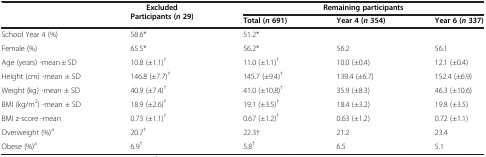
|  | <ROWSPAN=2> Excluded Participants (n29) | <COLSPAN=3> Remaining participants |
 |  | Total (n 691) | Year 4 (n 354) | Year 6 (n 337) |
 | --- | --- | --- | --- | --- |
 | School Year 4 (%) | 58.6* | 51.2* |  |  |
 | Female (%) | 65.5* | 56.2* | 56.2 | 56.1 |
 | Age (years) -mean ± SD | 10.8 (±1.1)† | 11.0 (±1.1)† | 10.0 (±0.4) | 12.1 (±0.4) |
 | Height (cm) -mean ± SD | 146.8 (±7.7)† | 145.7 (±9.4)† | 139.4 (±6.7) | 152.4 (±6.9) |
 | Weight (kg) -mean ± SD | 40.9 (±7.4)† | 41.0 (±10.8)† | 35.9 (±8.3) | 46.3 (±10.6) |
 | BMI (kg/m2) -mean ± SD | 18.9 (±2.6)† | 19.1 (±3.5)† | 18.4 (±3.2) | 19.8 (±3.5) |
 | BMI z-score -mean | 0.73 (±1.1)† | 0.67 (±1.2)† | 0.63 (±1.2) | 0.72 (±1.1) |
 | Overweight (%)a | 20.7† | 22.3† | 21.2 | 23.4 |
 | Obese (%)a | 6.9† | 5.8† | 6.5 | 5.1 |